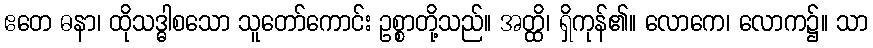
ဧတေ ဓနာ၊ ထိုသဒ္ဓါစသော သူတော်ကောင်း ဥစ္စာတို့သည်။ အတ္ထိ၊ ရှိကုန်၏။ လောကေ၊ လောက၌။ သာ